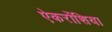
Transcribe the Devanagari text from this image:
ऐकरोंशिया